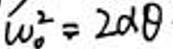
$\hat { u } _ { 0 } ^ { 2 } = 2 d \theta$